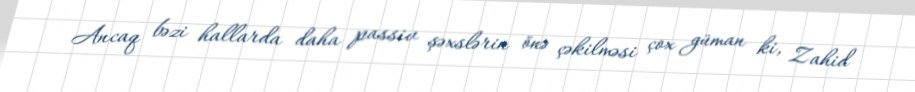
Ancaq bəzi hallarda daha passiv şəxslərin önə çəkilməsi çox güman ki, Zahid